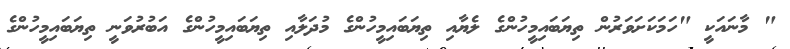
" މާނައަކީ "ހަމަކަށަވަރުން ތިޔަބައިމީހުންގެ ލެޔާއި ތިޔަބައިމީހުންގެ މުދަލާއި ތިޔަބައިމީހުންގެ އަބުރުވަނީ ތިޔަބައިމީހުންގެ